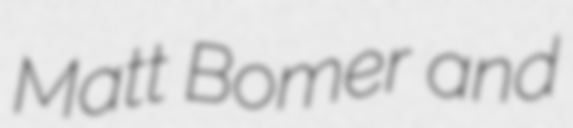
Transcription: Matt Bomer and